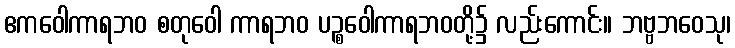
ဧကဝေါကာရဘဝ စတုဝေါ ကာရဘဝ ပဉ္စဝေါကာရဘဝတို့၌ လည်းကောင်း။ ဘဗ္ဗဘဝေသု၊